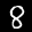
Label: 8